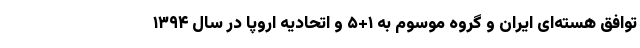
توافق هسته‌ای ایران و گروه موسوم به ۱+۵ و اتحادیه اروپا در سال ۱۳۹۴